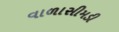
વાળાસીમડી